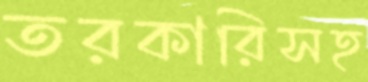
তরকারিসহ